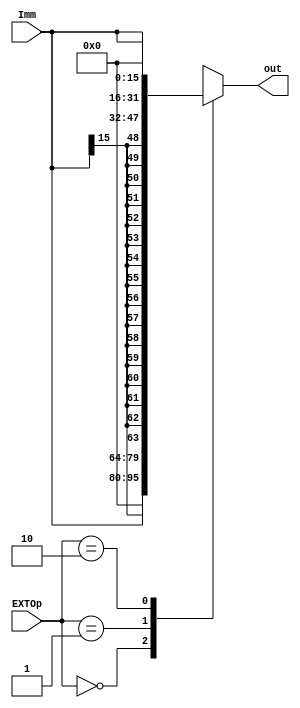
module ext(
    input [1:0] EXTOp,
    input [15:0] Imm,
    output reg [31:0] out
);

    always @(*) begin
        case(EXTOp)
            2'b00:      out <= {16'h0000, Imm};
            2'b01:      out <= {{16{Imm[15]}}, Imm};
            2'b10:      out <= {Imm, 16'h0000};
            2'b11:      out <= 32'hxxxx_xxxx;
            default:    out <= 32'hxxxx_xxxx;
        endcase
    end

endmodule // ext